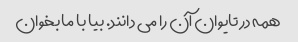
همه در تایوان آن را می دانند. بیا با ما بخوان